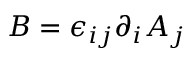
B = \epsilon _ { i j } \partial _ { i } A _ { j }